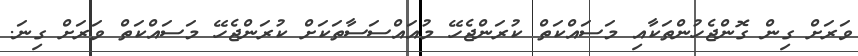
ވަރަށް ގިން ގޮންޖެހުންތަކާއި މަސައްކަތް ކުރަންޖެހޭ މުއައްސަސާތަކަށް ކުރަންޖެހޭ މަސައްކަތް ވަރަށް ގިނަ.